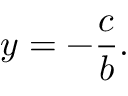
y = - { \frac { c } { b } } .